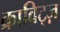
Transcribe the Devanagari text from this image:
क्राविट्ज़